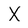
Character: X